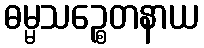
ဓမ္မသဉ္စေတနာယ